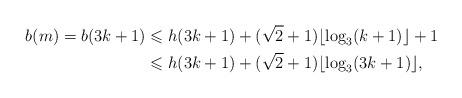
LaTeX: \begin{align*} b(m)=b(3k+1)& \leqslant h(3k+1)+(\sqrt{2}+1)\lfloor \log_3(k+1)\rfloor+1\\ &\leqslant h(3k+1)+(\sqrt{2}+1)\lfloor \log_3(3k+1)\rfloor,\end{align*}